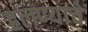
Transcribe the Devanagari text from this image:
हलण्याचे